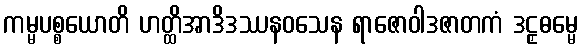
ကမ္မပစ္စယောတိ ဟတ္ထိအာဒိဒဿနဝသေန ရာဇောဝါဒဇာတကံ ဒဠှဓမ္မေ